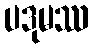
ပဒုမဿ